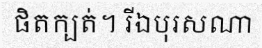
ផិតក្បត់។ រីឯបុរសណា